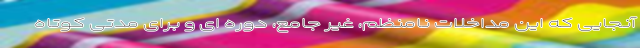
آنجایی که این مداخلات نامنظم، غیر جامع، دوره ای و برای مدتی کوتاه